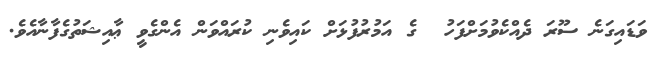
ވަޑައިގަނެ ސޫރަ ދެއްކެވުމަށްފަހު  ގެ އަމުރުފުޅަށް ކައިވެނި ކުރައްވަން އެންގެވީ ޢާއިޝަތުގެފާނާއެވެ.